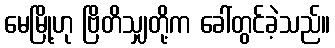
မေမြို့ဟု ဗြိတိသျှတို့က ခေါ်တွင်ခဲ့သည်။